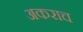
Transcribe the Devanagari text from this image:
अकराच